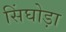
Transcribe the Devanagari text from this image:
सिंघोड़ा